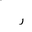
Letter: _ra